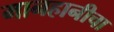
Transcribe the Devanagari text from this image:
मानहानीचा